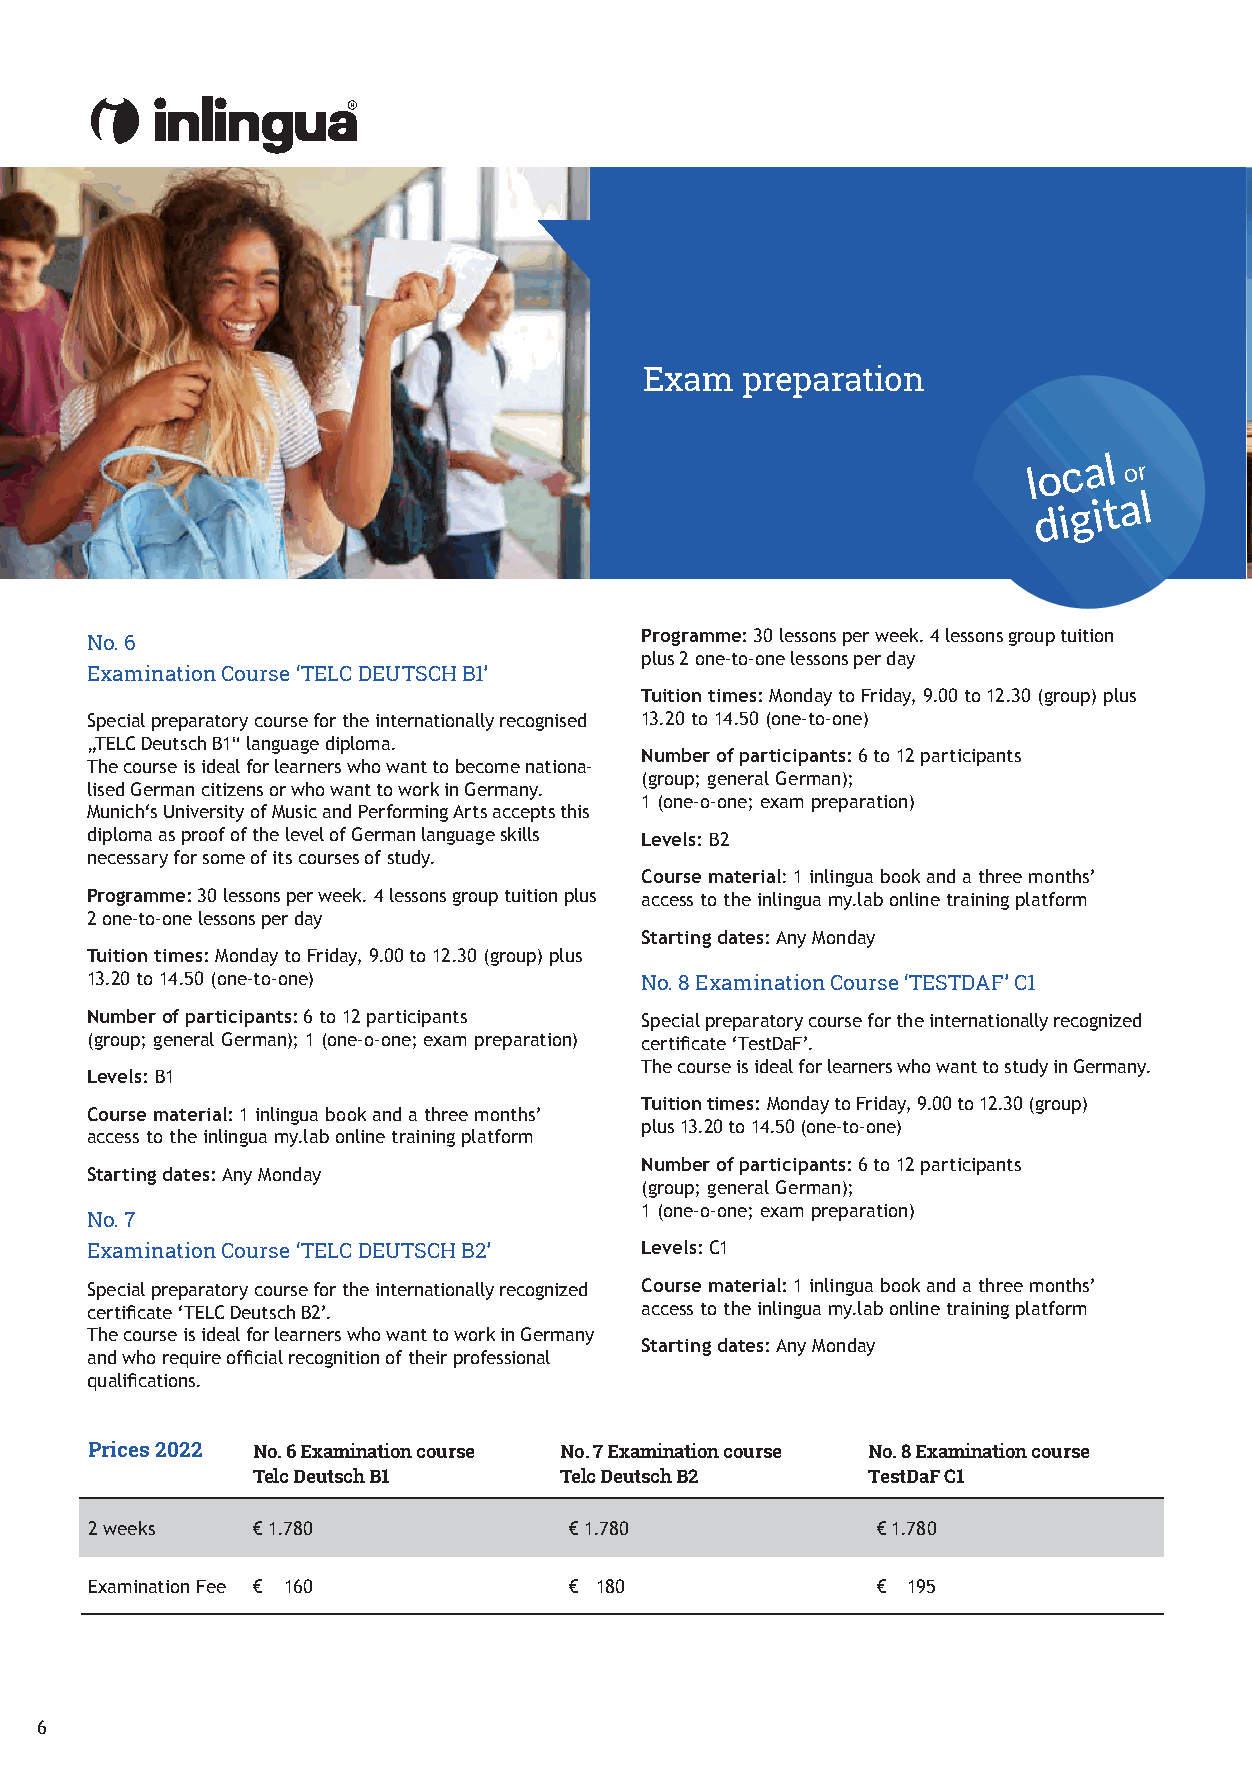
Exam  preparation
 Programme: 30 lessons per week. 4 lessons group tuition
 No. 6
 plus 2 one-to-one lessons per day
 Examination Course ‘TELC DEUTSCH B1’
 Tuition times: Monday to Friday, 9.00 to 12.30 (group) plus
 Special preparatory course for the internationally recognised 13.20 to 14.50 (one-to-one)
 „TELC Deutsch B1“ language diploma.
 Number of participants: 6 to 12 participants
 The course is ideal for learners who want to become nationa-
 (group; general German);
 lised German citizens or who want to work in Germany.
 1 (one-o-one; exam preparation)
 Munich‘s University of Music and Performing Arts accepts this
 diploma as proof of the level of German language skills Levels: B2
 necessary for some of its courses of study.
 Course material: 1 inlingua book and a three months’
 Programme: 30 lessons per week. 4 lessons group tuition plus access to the inlingua my.lab online training platform
 2 one-to-one lessons per day
 Starting dates: Any Monday
 Tuition times: Monday to Friday, 9.00 to 12.30 (group) plus
 13.20 to 14.50 (one-to-one)         No. 8 Examination Course ‘TESTDAF’ C1
 Number of participants: 6 to 12 participants Special preparatory course for the internationally recognized
 (group; general German); 1 (one-o-one; exam preparation) certificate ‘TestDaF’.
 The course is ideal for learners who want to study in Germany.
 Levels: B1
 Tuition times: Monday to Friday, 9.00 to 12.30 (group)
 Course material: 1 inlingua book and a three months’
 plus 13.20 to 14.50 (one-to-one)
 access to the inlingua my.lab online training platform
 Number of participants: 6 to 12 participants
 Starting dates: Any Monday
 (group; general German);
 1 (one-o-one; exam preparation)
 No. 7
 Examination Course ‘TELC DEUTSCH B2’ Levels: C1
 Special preparatory course for the internationally recognized Course material: 1 inlingua book and a three months’
 certificate ‘TELC Deutsch B2’.      access to the inlingua my.lab online training platform
 The course is ideal for learners who want to work in Germany
 Starting dates: Any Monday
 and who require official recognition of their professional
 qualifications.
 Prices 2022 No. 6 Examination course No. 7 Examination course No. 8 Examination course
 Telc Deutsch B1     Telc Deutsch B2     TestDaF C1
 2 weeks    € 1.780              € 1.780             € 1.780
 Examination Fee € 160           € 180               € 195
 6